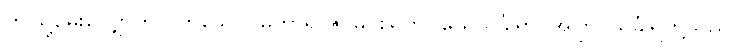
ဤသို့မေးလျှောက်လတ်သော်။ မဟာရာဇ၊ မင်းမြတ်။ ယေသင်္ခါရာ၊ အကြင်သင်္ခါရတို့သည်။